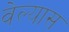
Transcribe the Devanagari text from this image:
वेल्यास